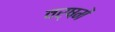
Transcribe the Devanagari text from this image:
वर्षमें